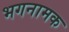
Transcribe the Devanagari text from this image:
भगनामक